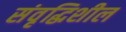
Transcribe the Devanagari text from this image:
संवृद्धिशील